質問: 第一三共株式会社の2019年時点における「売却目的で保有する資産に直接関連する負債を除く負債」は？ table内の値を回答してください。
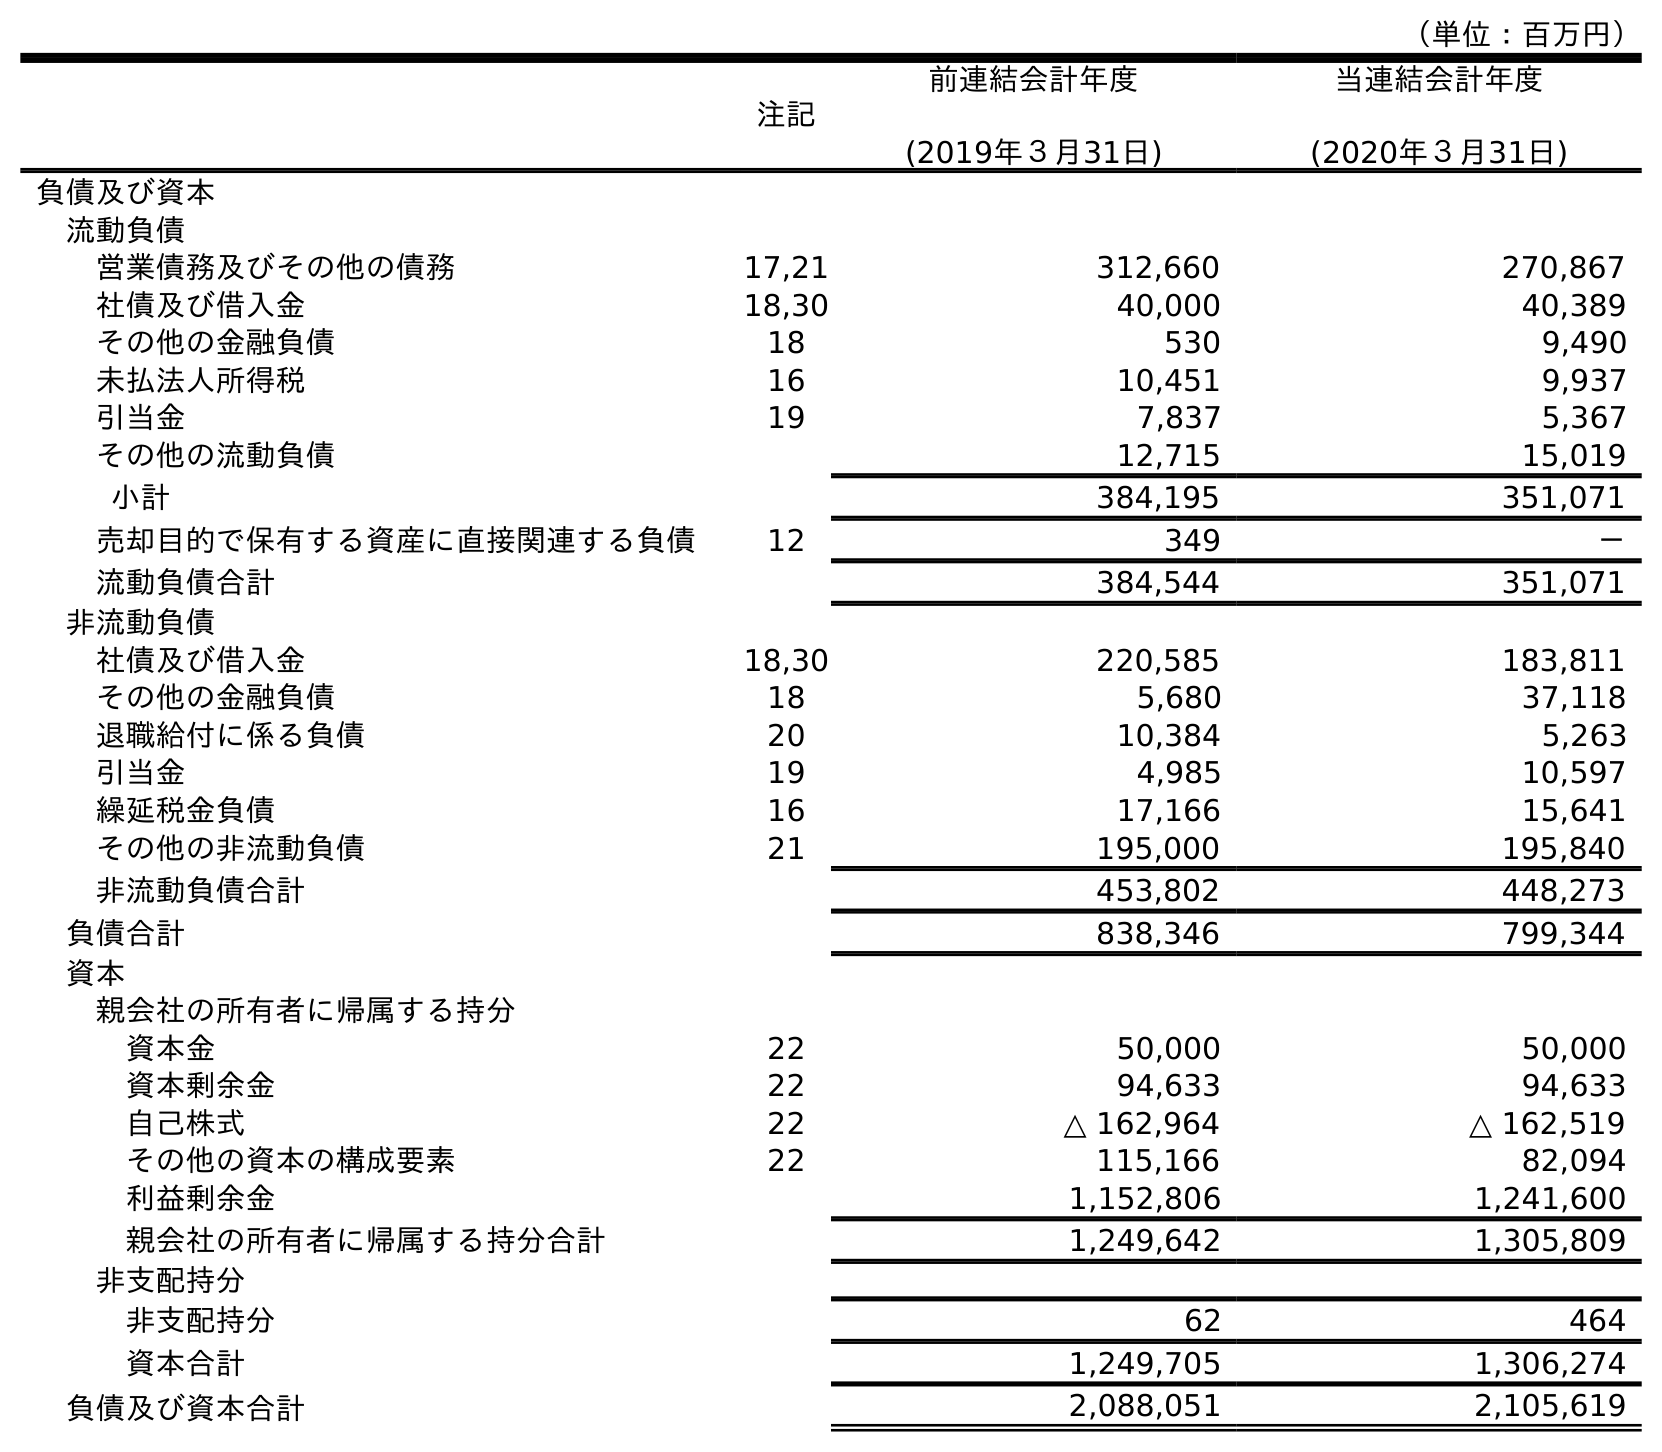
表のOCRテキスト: （単位：百万円） 注記 前連結会計年度 (2019年３月31日) 当連結会計年度 (2020年３月31日) 負債及び資本 流動負債 営業債務及びその他の債務 17,21 312,660 270,867 社債及び借入金 18,30 40,000 40,389 その他の金融負債 18 530 9,490 未払法人所得税 16 10,451 9,937 引当金 19 7,837 5,367 その他の流動負債 12,715 15,019 小計 384,195 351,071 売却目的で保有する資産に直接関連する負債 12 349 － 流動負債合計 384,544 351,071 非流動負債 社債及び借入金 18,30 220,585 183,811 その他の金融負債 18 5,680 37,118 退職給付に係る負債 20 10,384 5,263 引当金 19 4,985 10,597 繰延税金負債 16 17,166 15,641 その他の非流動負債 21 195,000 195,840 非流動負債合計 453,802 448,273 負債合計 838,346 799,344 資本 親会社の所有者に帰属する持分 資本金 22 50,000 50,000 資本剰余金 22 94,633 94,633 自己株式 22 △ 162,964 △ 162,519 その他の資本の構成要素 22 115,166 82,094 利益剰余金 1,152,806 1,241,600 親会社の所有者に帰属する持分合計 1,249,642 1,305,809 非支配持分 非支配持分 62 464 資本合計 1,249,705 1,306,274 負債及び資本合計 2,088,051 2,105,619
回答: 384,195